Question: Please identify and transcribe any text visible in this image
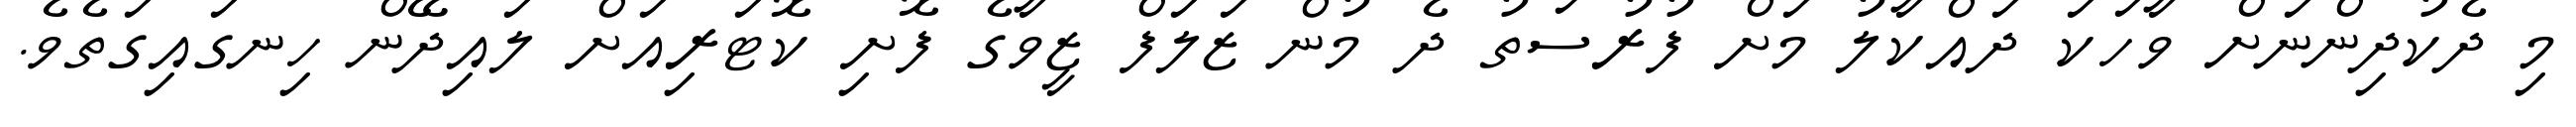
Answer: މި ދެކުދިންނަށް ވާހަކަ ދައްކާލު މަށް ފުރުސަތު ދެ މުން ޒަލަފް ޒީވާގެ ފޮށި ކޮޓަރިއަށް ލައިދޭން ހިނގައިގަތެވެ.